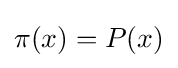
\pi (x)=P(x)